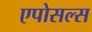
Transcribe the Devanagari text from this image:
एपोसल्स